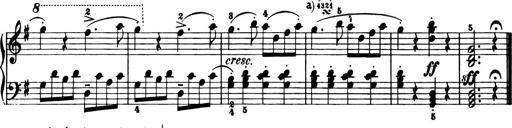
Title: 11 Sonatinas for Piano Solo
Composer: Anton Diabelli